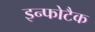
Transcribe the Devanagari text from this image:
इन्फोटैक